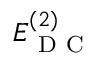
E _ { \mathrm { ~ D ~ C ~ } } ^ { ( 2 ) }